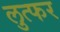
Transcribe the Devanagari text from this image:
लुत्फर